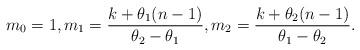
LaTeX: \begin{align*}m_0=1,m_1=\frac{k+\theta_1(n-1)}{\theta_2-\theta_1},m_2=\frac{k+\theta_2(n-1)}{\theta_1-\theta_2}.\end{align*}